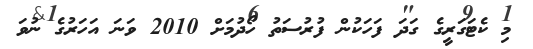
މި ކެޓަގަރީގެ ގަދަ ފަހަކުން ފުރުސަތު ހޯދުމަށް 2010 ވަނަ އަހަރުގެ ނުވަ